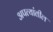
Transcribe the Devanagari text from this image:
अपत्यांतील